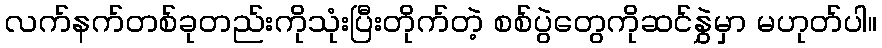
လက်နက်တစ်ခုတည်းကိုသုံးပြီးတိုက်တဲ့ စစ်ပွဲတွေကိုဆင်နွှဲမှာ မဟုတ်ပါ။